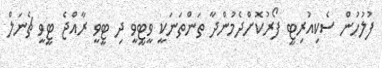
ފުލުހުން ސެކިއުރިޓީ ފޯރުކޮށްދެމުންދާ ތަންތަނަކީ ވީޓީވީ ދި ޓީވީ ރާއްޖެ ޓީވީ ޗެނަލް